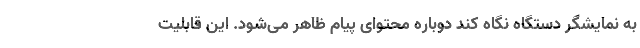
به نمایشگر دستگاه نگاه کند دوباره محتوای پیام ظاهر می‌شود. این قابلیت